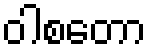
ဝါစတော